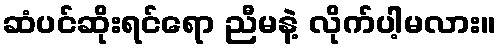
ဆံပင်ဆိုးရင်ရော ညီမနဲ့ လိုက်ပါ့မလား။